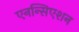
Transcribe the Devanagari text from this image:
एनन्सिएशन